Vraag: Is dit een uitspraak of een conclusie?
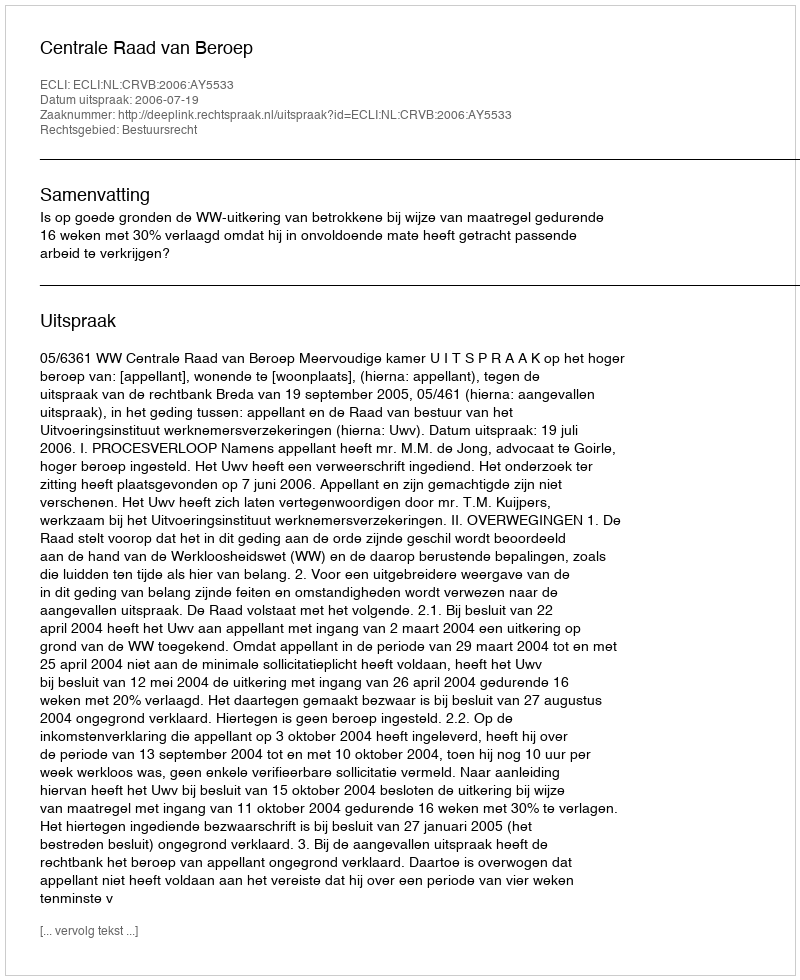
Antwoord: Uitspraak